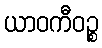
ယာဝကီဝဉ္စ